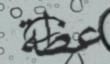
عظة